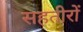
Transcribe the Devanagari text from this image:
सहतीरों